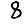
Digit: 8